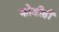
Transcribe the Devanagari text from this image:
कोडीही